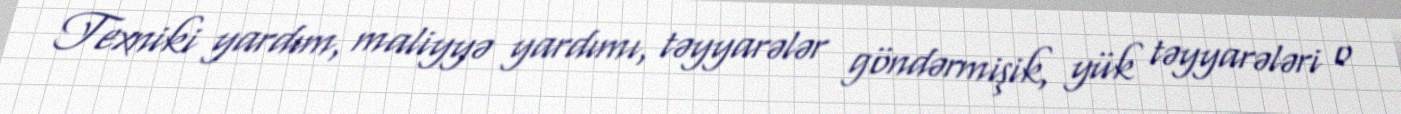
Texniki yardım, maliyyə yardımı, təyyarələr göndərmişik, yük təyyarələri o